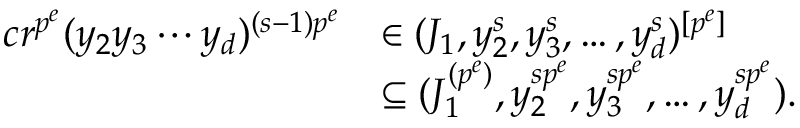
\begin{array} { r l } { c r ^ { p ^ { e } } ( y _ { 2 } y _ { 3 } \cdots y _ { d } ) ^ { ( s - 1 ) p ^ { e } } } & { \in ( J _ { 1 } , y _ { 2 } ^ { s } , y _ { 3 } ^ { s } , \ldots , y _ { d } ^ { s } ) ^ { [ p ^ { e } ] } } \\ & { \subseteq ( J _ { 1 } ^ { ( p ^ { e } ) } , y _ { 2 } ^ { s p ^ { e } } , y _ { 3 } ^ { s p ^ { e } } , \ldots , y _ { d } ^ { s p ^ { e } } ) . } \end{array}